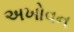
અખોવન